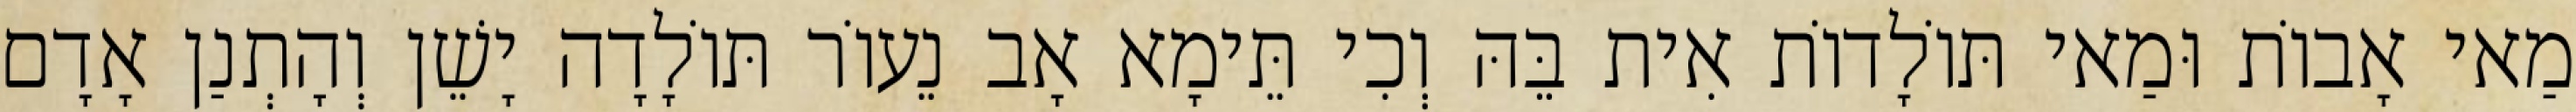
מַאי אָבוֹת וּמַאי תּוֹלָדוֹת אִית בֵּהּ וְכִי תֵּימָא אָב נֵעוֹר תּוֹלָדָה יָשֵׁן וְהָתְנַן אָדָם